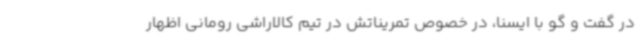
در گفت و گو با ایسنا، در خصوص تمریناتش در تیم کالاراشی رومانی اظهار